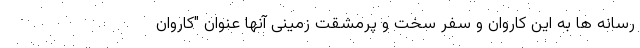
رسانه ها به این کاروان و سفر سخت و پرمشقت زمینی آنها عنوان "کاروان